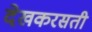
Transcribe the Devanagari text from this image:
देखकरसती